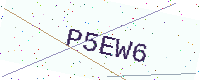
Text: P5EW6